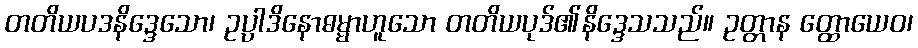
တတိယပဒနိဒ္ဒေသော၊ ဥပ္ပါဒိနောဓမ္မာဟူသော တတိယပုဒ်၏နိဒ္ဒေသသည်။ ဥတ္တာန တ္ထောယေဝ၊